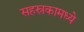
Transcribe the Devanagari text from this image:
सहस्रकामध्ये